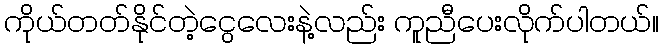
ကိုယ်တတ်နိုင်တဲ့ငွေလေးနဲ့လည်း ကူညီပေးလိုက်ပါတယ်။